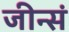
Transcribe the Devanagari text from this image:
जीन्सं